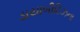
ડાયાબીટિઝના